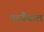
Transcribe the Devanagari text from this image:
परवैकल